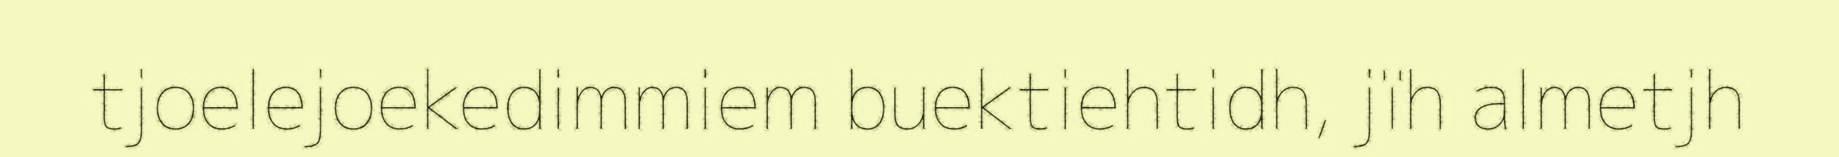
tjoelejoekedimmiem buektiehtidh, jïh almetjh